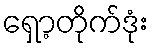
ရှော့တိုက်ဒုံး